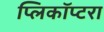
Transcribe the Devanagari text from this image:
प्लिकॉप्टरा